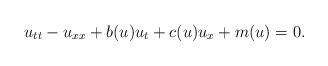
LaTeX: \begin{align*}u_{tt} -u_{xx}+ b(u)u_t + c(u)u_x +m(u)=0 .\end{align*}